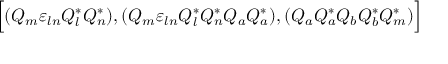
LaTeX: \Bigr [ ( Q _ { m } { \varepsilon } _ { l n } Q _ { l } ^ { * } Q _ { n } ^ { * } ) , ( Q _ { m } { \varepsilon } _ { l n } Q _ { l } ^ { * } Q _ { n } ^ { * } Q _ { a } Q _ { a } ^ { * } ) , ( Q _ { a } Q _ { a } ^ { * } Q _ { b } Q _ { b } ^ { * } Q _ { m } ^ { * } ) \Bigl ]